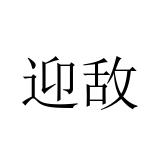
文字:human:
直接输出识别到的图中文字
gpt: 迎敌